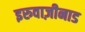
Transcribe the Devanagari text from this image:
इरुवाज़ीनाड